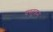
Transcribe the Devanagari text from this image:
वस्तुक्रम